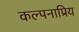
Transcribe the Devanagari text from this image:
कल्पनाप्रिय